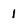
Character: 1